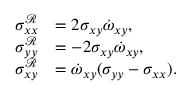
\begin{array} { r l } { \sigma _ { x x } ^ { \mathcal { R } } } & { = 2 \sigma _ { x y } \dot { \omega } _ { x y } , } \\ { \sigma _ { y y } ^ { \mathcal { R } } } & { = - 2 \sigma _ { x y } \dot { \omega } _ { x y } , } \\ { \sigma _ { x y } ^ { \mathcal { R } } } & { = \dot { \omega } _ { x y } ( \sigma _ { y y } - \sigma _ { x x } ) . } \end{array}